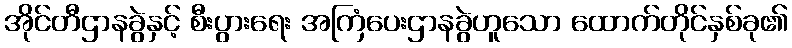
အိုင်တီဌာနခွဲနှင့် စီးပွားရေး အကြံပေးဌာနခွဲဟူသော ထောက်တိုင်နှစ်ခု၏